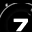
Digit: 7